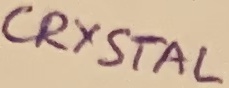
Text: CRYSTAL